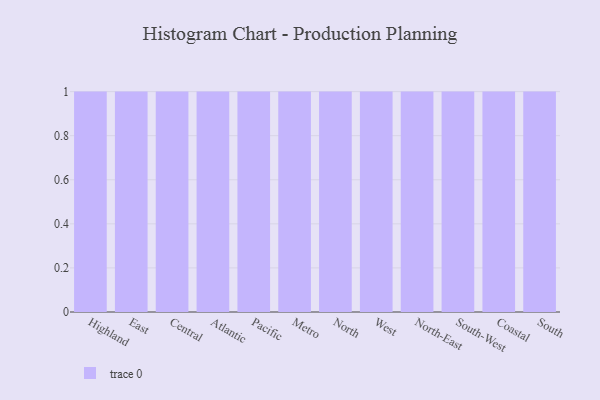
{"axis": {"x": "Region", "y": "Net Income (USD K)"}, "legend": [""], "data": [{"x": "Highland", "y": 44, "type": ""}, {"x": "East", "y": 86, "type": ""}, {"x": "Central", "y": 45, "type": ""}, {"x": "Atlantic", "y": 93, "type": ""}, {"x": "Pacific", "y": 22, "type": ""}, {"x": "Metro", "y": 48, "type": ""}, {"x": "North", "y": 8, "type": ""}, {"x": "West", "y": 11, "type": ""}, {"x": "North-East", "y": 40, "type": ""}, {"x": "South-West", "y": 65, "type": ""}, {"x": "Coastal", "y": 19, "type": ""}, {"x": "South", "y": 24, "type": ""}]}